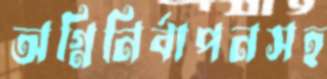
অগ্নিনির্বাপনসহ